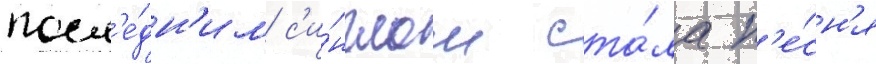
посл'е́дн'им с'и́нглом ста́ла п'е́сн'я